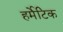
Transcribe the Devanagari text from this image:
हर्मेटिक